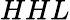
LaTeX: HHL